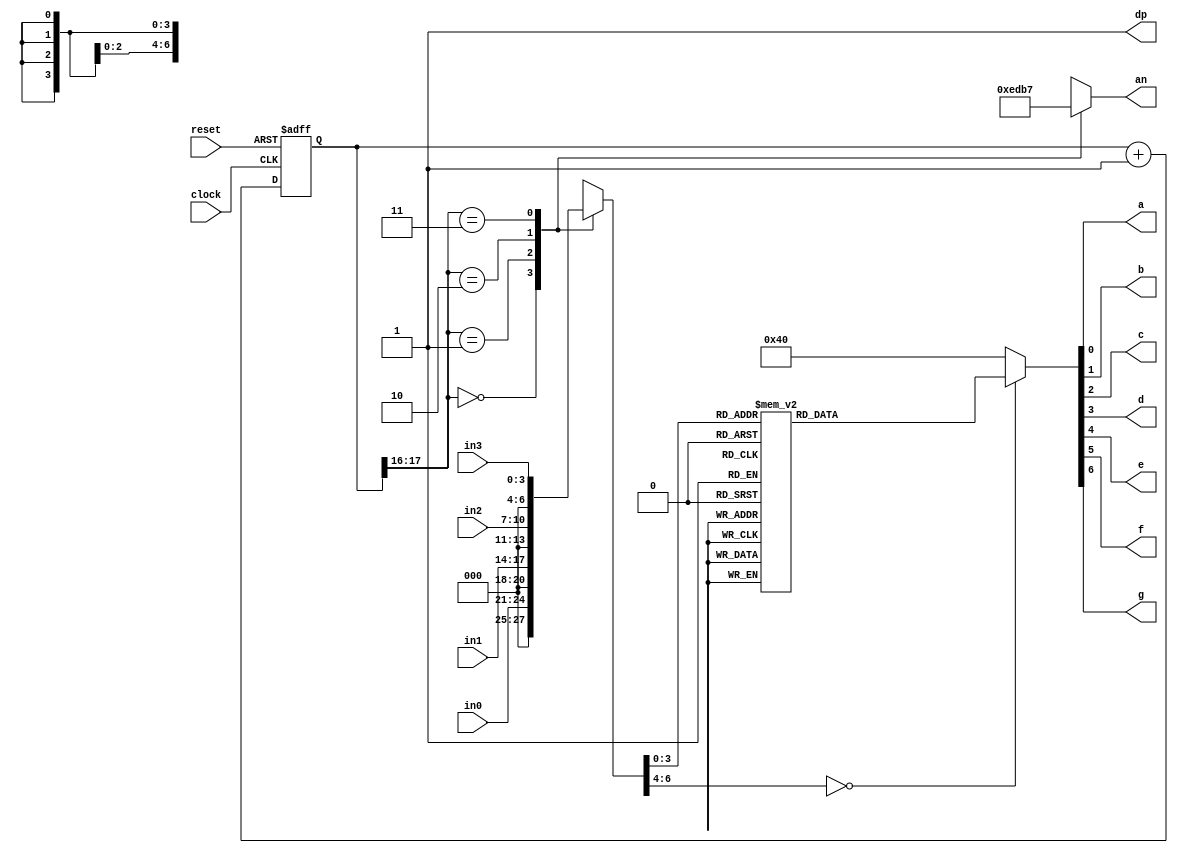
`timescale 1 ns / 1 ps

module sevenseg(		//Multiplexer for the 7 segment display
	input clock, reset,
	input [3:0] in0, in1, in2, in3, 	//4 bit inputs for displays
	output a, b, c, d, e, f, g, dp, 	//segments of the 7 segment displays
	output [3:0] an   		// the 4 bit anode enable
);

localparam N = 18;

reg [N-1:0]count = 0;	//the 18 bit counter, multiplex at ~1000 Hz

always @ (posedge clock or posedge reset)		//code for counter
 begin
  if (reset)
   count <= 0;
  else
   count <= count + 1;
 end

reg [6:0]sseg = 0; 		//the 7 bit register to hold the data to output
reg [3:0]an_temp = 0; 	//register for 4 bit anode enable

always @ (*)
 begin
  case(count[N-1:N-2]) 	//using only the 2 MSBs of the counter 
   
   2'b00 :  			//When the MSBs are 00, enable the fourth display
    begin
     sseg = in0;
     an_temp = 4'b1110;
    end
   
   2'b01:  			//When the MSBs are 01, enable the third display
    begin
     sseg = in1;
     an_temp = 4'b1101;
    end
   
   2'b10:  			//When the MSBs are 10, enable the second display
    begin
     sseg = in2;
     an_temp = 4'b1011;
    end
    
   2'b11:  			//When the MSBs are 11, enable the first display
    begin
     sseg = in3;
     an_temp = 4'b0111;
    end
  endcase
 end
assign an = an_temp;

reg [6:0] sseg_temp = 0; 		// 7 bit register to hold the binary value

always @ (*)
 begin
  case(sseg)
   4'd0 : sseg_temp = 7'b1000000; 		//display 0
   4'd1 : sseg_temp = 7'b1111001; 		//display 1
   4'd2 : sseg_temp = 7'b0100100; 		//display 2
   4'd3 : sseg_temp = 7'b0110000; 		//display 3
   4'd4 : sseg_temp = 7'b0011001;		//display 4
   4'd5 : sseg_temp = 7'b0010010; 		//display 5
   4'd6 : sseg_temp = 7'b0000010; 		//display 6
   4'd7 : sseg_temp = 7'b1111000; 		//display 7
   4'd8 : sseg_temp = 7'b0000000; 		//display 8
   4'd9 : sseg_temp = 7'b0010000;		//display 9
   default : sseg_temp = 7'b1000000; 	//default is display 0000
  endcase
 end
assign {g, f, e, d, c, b, a} = sseg_temp; 	//concatenate the outputs to the register
assign dp = 1'b1;				 //turn off all 4 decimal points

endmodule